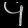
Digit: ၄